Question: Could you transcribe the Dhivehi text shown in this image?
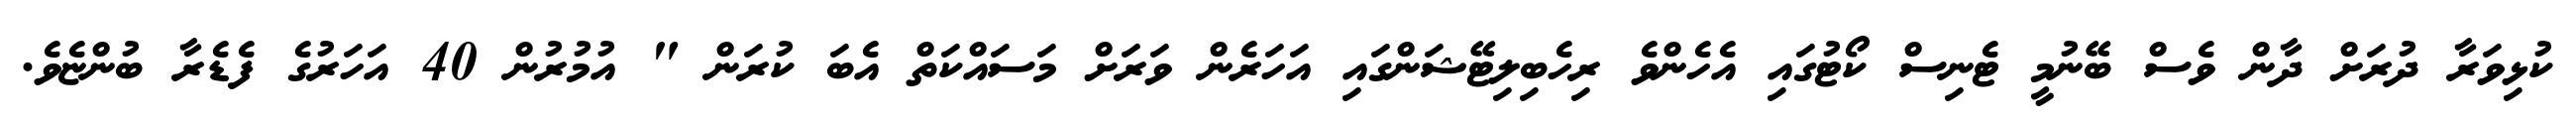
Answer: ކުޅިވަރާ ދުރަށް ދާން ވެސް ބޭނުމީ ޓެނިސް ކޯޓުގައި އެހެންވެ ރިހެބިލިޓޭޝަންގައި އަހަރެން ވަރަށް މަސައްކަތް އެބަ ކުރަން " އުމުރުން 40 އަހަރުގެ ފެޑެރާ ބުންޏެވެ.